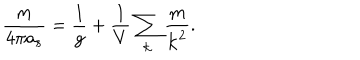
{ \frac { m } { 4 \pi a _ { s } } } = { \frac { 1 } { g } } + { \frac { 1 } { V } } \sum _ { \bf k } { \frac { m } { { \bf k } ^ { 2 } } } .